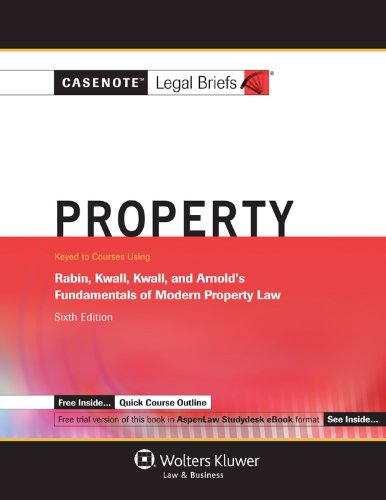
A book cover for Casenote Legal Briefs: Property Keyed to Rabin, Kwall, Kwall & Arnold, 6th Edition; Casenotes Legal Briefs; Law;